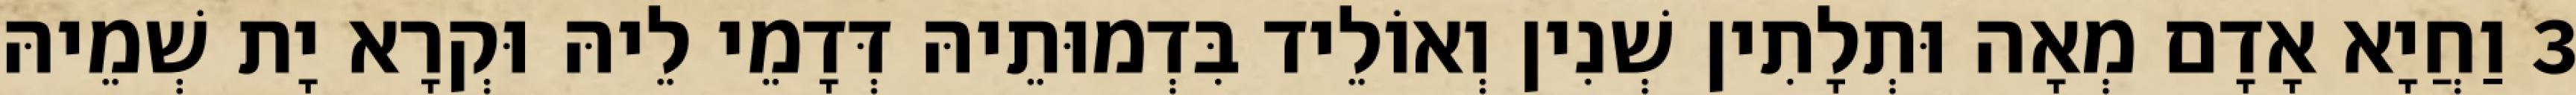
3 וַחֲיָא אָדָם מְאָה וּתְלָתִין שְׁנִין וְאוֹלֵיד בִּדְמוּתֵיהּ דְּדָמֵי לֵיהּ וּקְרָא יָת שְׁמֵיהּ